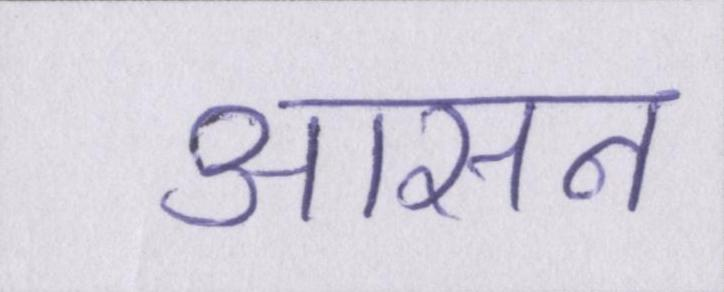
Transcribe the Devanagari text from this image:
आसन